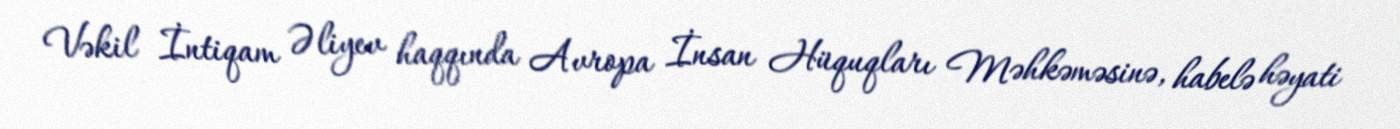
Vəkil İntiqam Əliyev haqqında Avropa İnsan Hüquqları Məhkəməsinə, habelə həyati